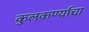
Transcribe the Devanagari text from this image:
कुलकर्ण्याचा